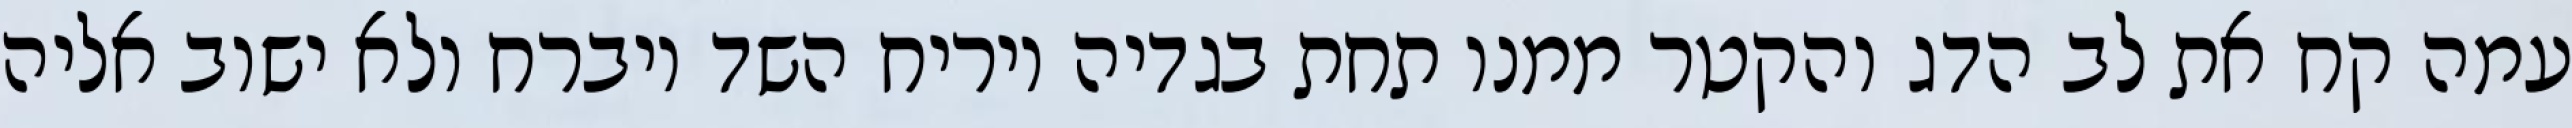
עמה קח את לב הדג והקטר ממנו תחת בגדיה ויריח השד ויברח ולא ישוב אליה